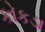
કોકડા